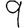
Digit: 9